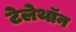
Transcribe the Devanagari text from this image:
टेलेथॉन